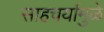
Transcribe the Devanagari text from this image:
साहचर्यामुळे